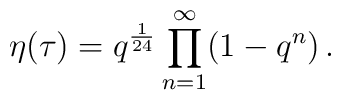
\eta(\tau) = q^{\frac{1}{24}} \prod_{n=1}^{\infty} (1 - q^n) \,.